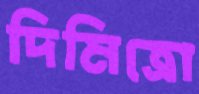
দিমিত্রো